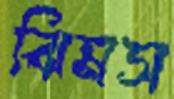
ঝিমস